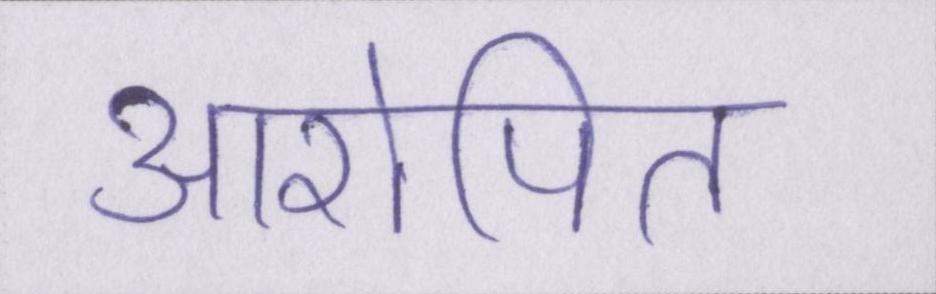
आरोपित